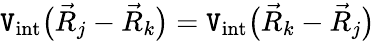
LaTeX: {\mathtt{V}_{\mathrm{{int}}}\big(\vec{{R}}_{j}-\vec{{R}}_{k}\big)=\mathtt{V}_{\mathrm{{int}}}\big(\vec{{R}}_{k}-\vec{{R}}_{j}\big)}